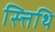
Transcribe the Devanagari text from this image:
स्त्तिथि